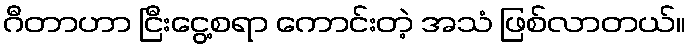
ဂီတာဟာ ငြီးငွေ့စရာ ကောင်းတဲ့ အသံ ဖြစ်လာတယ်။